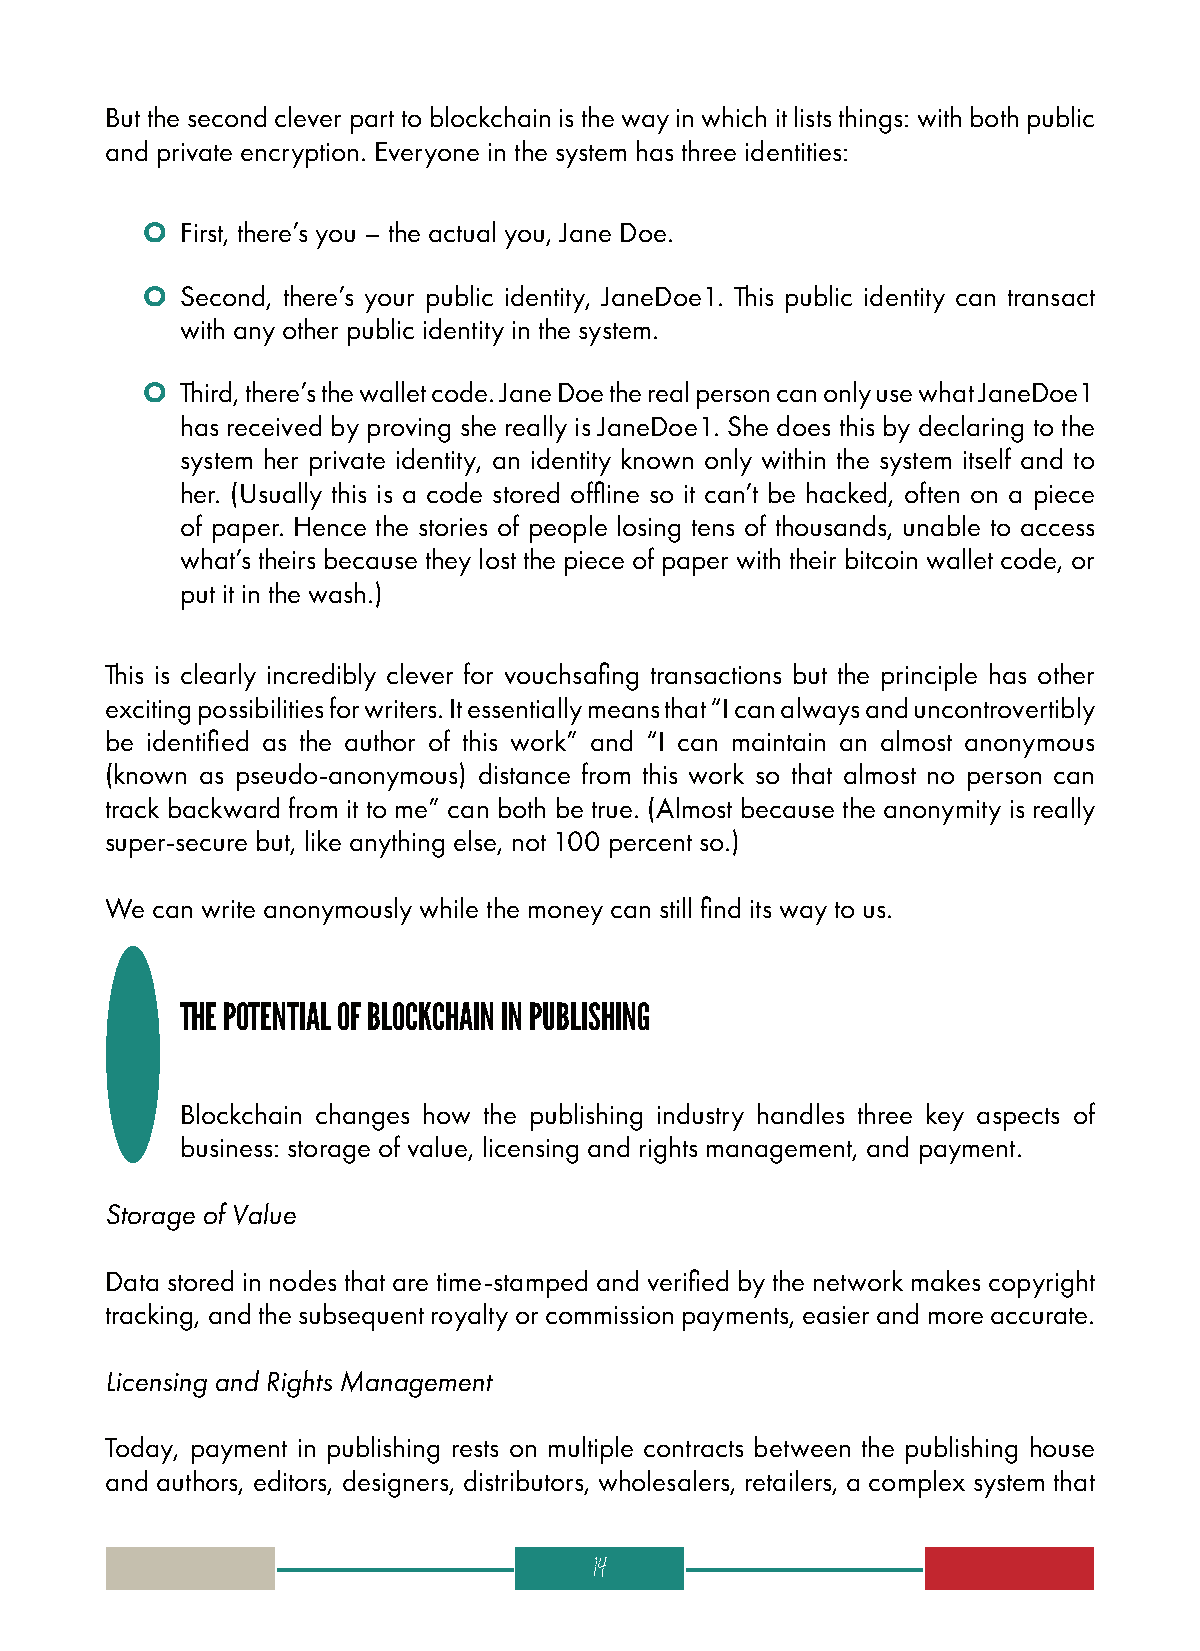
But the second clever part to blockchain is the way in which it lists things: with both public
 and private encryption. Everyone in the system has three identities:
 O  First, there’s you – the actual you, Jane Doe.
 O  Second, there’s your public identity, JaneDoe1. This public identity can transact
 with any other public identity in the system.
 O  Third, there’s the wallet code. Jane Doe the real person can only use what JaneDoe1
 has received by proving she really is JaneDoe1. She does this by declaring to the
 system her private identity, an identity known only within the system itself and to
 her. (Usually this is a code stored offline so it can’t be hacked, often on a piece
 of paper. Hence the stories of people losing tens of thousands, unable to access
 what’s theirs because they lost the piece of paper with their bitcoin wallet code, or
 put it in the wash.)
 This is clearly incredibly clever for vouchsafing transactions but the principle has other
 exciting possibilities for writers. It essentially means that “I can always and uncontrovertibly
 be identified as the author of this work” and “I can maintain an almost anonymous
 (known as pseudo-anonymous) distance from this work so that almost no person can
 track backward from it to me” can both be true. (Almost because the anonymity is really
 super-secure but, like anything else, not 100 percent so.)
 We can write anonymously while the money can still find its way to us.
 THE POTENTIAL OF BLOCKCHAIN IN PUBLISHING
 Blockchain changes how the publishing industry handles three key aspects of
 business: storage of value, licensing and rights management, and payment.
 Storage of Value
 Data stored in nodes that are time-stamped and verified by the network makes copyright
 tracking, and the subsequent royalty or commission payments, easier and more accurate.
 Licensing and Rights Management
 Today, payment in publishing rests on multiple contracts between the publishing house
 and authors, editors, designers, distributors, wholesalers, retailers, a complex system that
 14